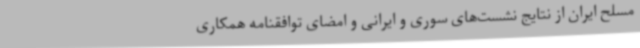
مسلح ایران از نتایج نشست‌های سوری و ایرانی و امضای توافقنامه همکاری